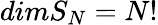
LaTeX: dimS_{N}=N!